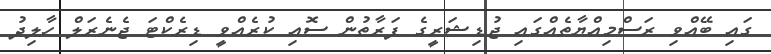
ގައި ބޭއްވި ރަސްމިއްޔާތެއްގައި ޖުޑިޝަރީގެ ފަރާތުން ސޮއި ކުރެއްވީ ޑިރެކްޓަ ޖެނެރަލް ހާލިދު